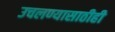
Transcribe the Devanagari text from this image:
उचलण्यासाठीही